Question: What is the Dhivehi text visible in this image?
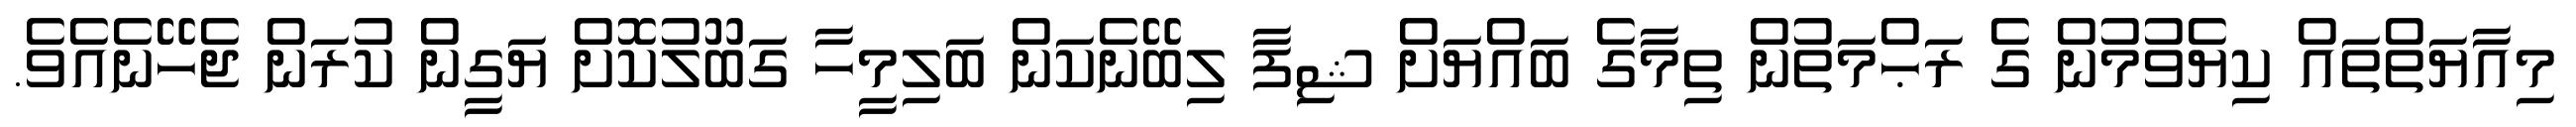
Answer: މިއާޔަތްތައް ކިޔެވުމުން ގެ ރަޙްމަތުން ތިމާގެ ބައްޔަށް ޝިފާ ލިބޭނެކަން ބަލިމީހާ ގަބޫލުކޮށް ޔަގީން ކުރަން ޖެހޭނެއެވެ.